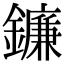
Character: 鐮